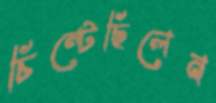
চিম্‌টেছিলেন